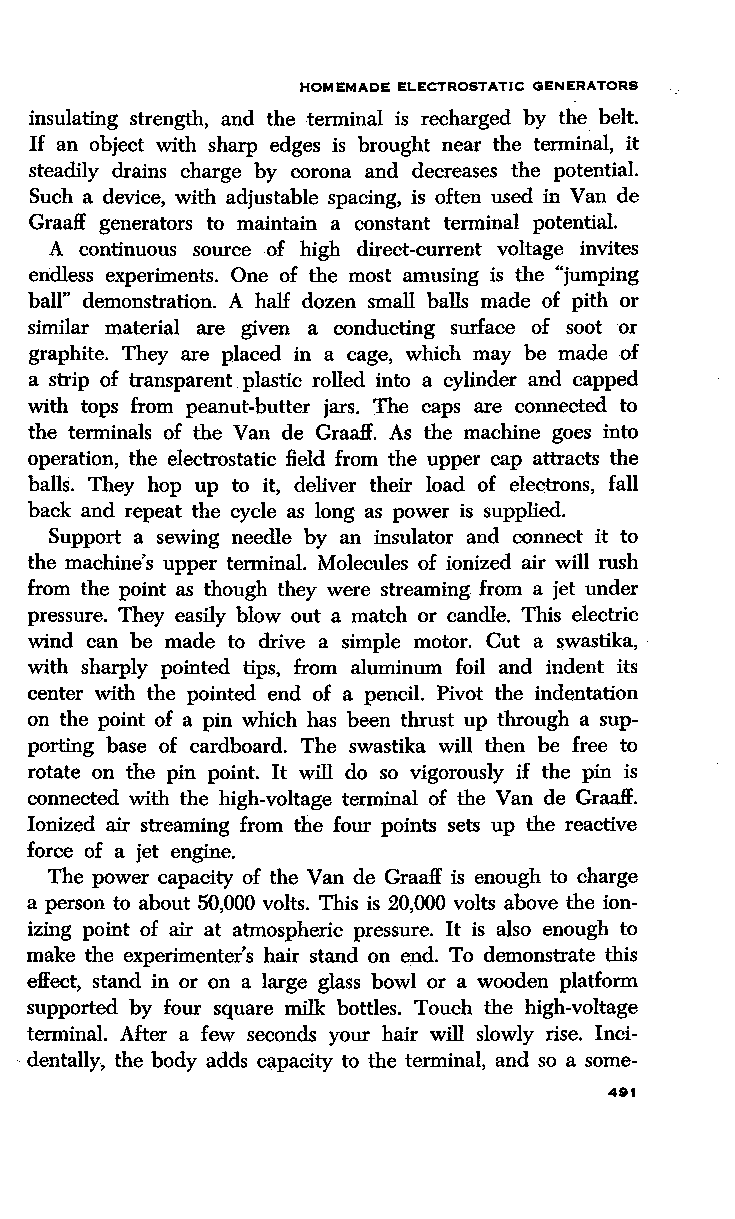
HOMEMADE ELECTROSTATIC GENERATORS
 insulating strength, and the terminal is recharged by the belt.
 If an object with sharp edges is brought near the terminal, it
 steadily drains charge by corona and decreases the potential.
 Such a device, with adjustable spacing, is often used in Van de
 Graaff generators to maintain a constant terminal .p otential.
 A continuous source of high direct-current voltage invites
 endless experiments. One of the most amusing is the "jumping
 ball" demonstration. A half dozen small balls made of pith or
 similar material are given a conducting surface of soot or
 graphite. They are placed in a cage, which may be made of
 a strip of transparent plastic rolled into a cylinder and capped
 with tops from peanut-butter jars. The caps are connected to
 the terminals of the Van de Graaff. As the machine goes into
 operation, the electrostatic field from the upper cap attracts the
 balls. They hop up to it, deliver their load of electrons, fall
 back and repeat the cycle as long as power is supplied.
 Support a sewing needle by an insulator and connect it to
 the machine's upper terminal. Molecules of ionized air will rush
 from the point as though they were streaming from a jet under
 pressure. They easily blow out a match or candle. This electric
 wind can be made to drive a simple motor. Cut a swastika,
 with sharply pointed tips, from aluminum foil and indent its
 center with the pointed end of a pencil. Pivot the indentation
 on the point of a pin which has been thrust up through a sup
 porting base of cardboard. The swastika will then be free to
 rotate on the pin point. It will do so vigorously if the pin is
 connected with the high-voltage terminal of the Van de Graaff.
 Ionized air streaming from the four points sets up the reactive
 force of a jet engine.
 The power capacity of the Van de Graaff is enough to charge
 a person to about 50,000 volts. This is 20,000 volts above the ion
 izing point of air at atmospheric pressure. It is also enough to
 make the experimenter's hair stand on end. To demonstrate this
 effect, stand in or on a large glass bowl or a wooden platform
 supported by four square milk bottles. Touch the high-voltage
 terminal. After a few seconds your hair will slowly rise. Inci-
 . dentally, the body adds capacity to the terminal, and so a some-
 491